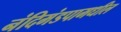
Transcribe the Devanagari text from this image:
नंदिमंडपामधील